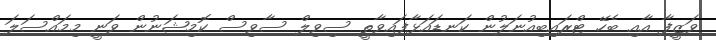
ވަޒީފާ އާއި ބެހޭ ޓްރައިބިއުނަލުން ކަނޑައަޅާފައިވާތީ ސިވިލް ސާވިސް ކޮމިޝަނުން ވަނީ މިމައްސަލަ